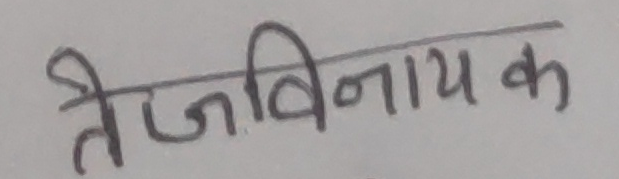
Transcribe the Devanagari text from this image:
तेजविनायक